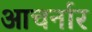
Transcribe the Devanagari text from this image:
आचर्नार